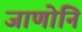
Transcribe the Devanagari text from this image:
जाणोनि